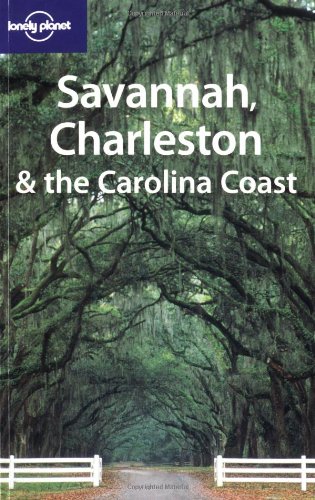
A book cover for Lonely Planet Savannah Charleston & the Carolina Coast; Randy Peffer; Travel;